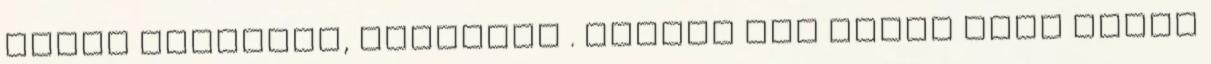
Mondd szeretsz, szeretsz . Hangod úgy zenél mint ezüst